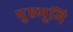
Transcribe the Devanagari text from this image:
पुष्ठभूमि